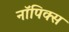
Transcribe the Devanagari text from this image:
नॉपिक्स